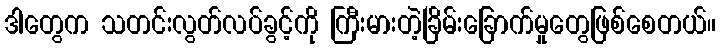
ဒါတွေက သတင်းလွတ်လပ်ခွင့်ကို ကြီးမားတဲ့ခြိမ်းခြောက်မှုတွေဖြစ်စေတယ်။